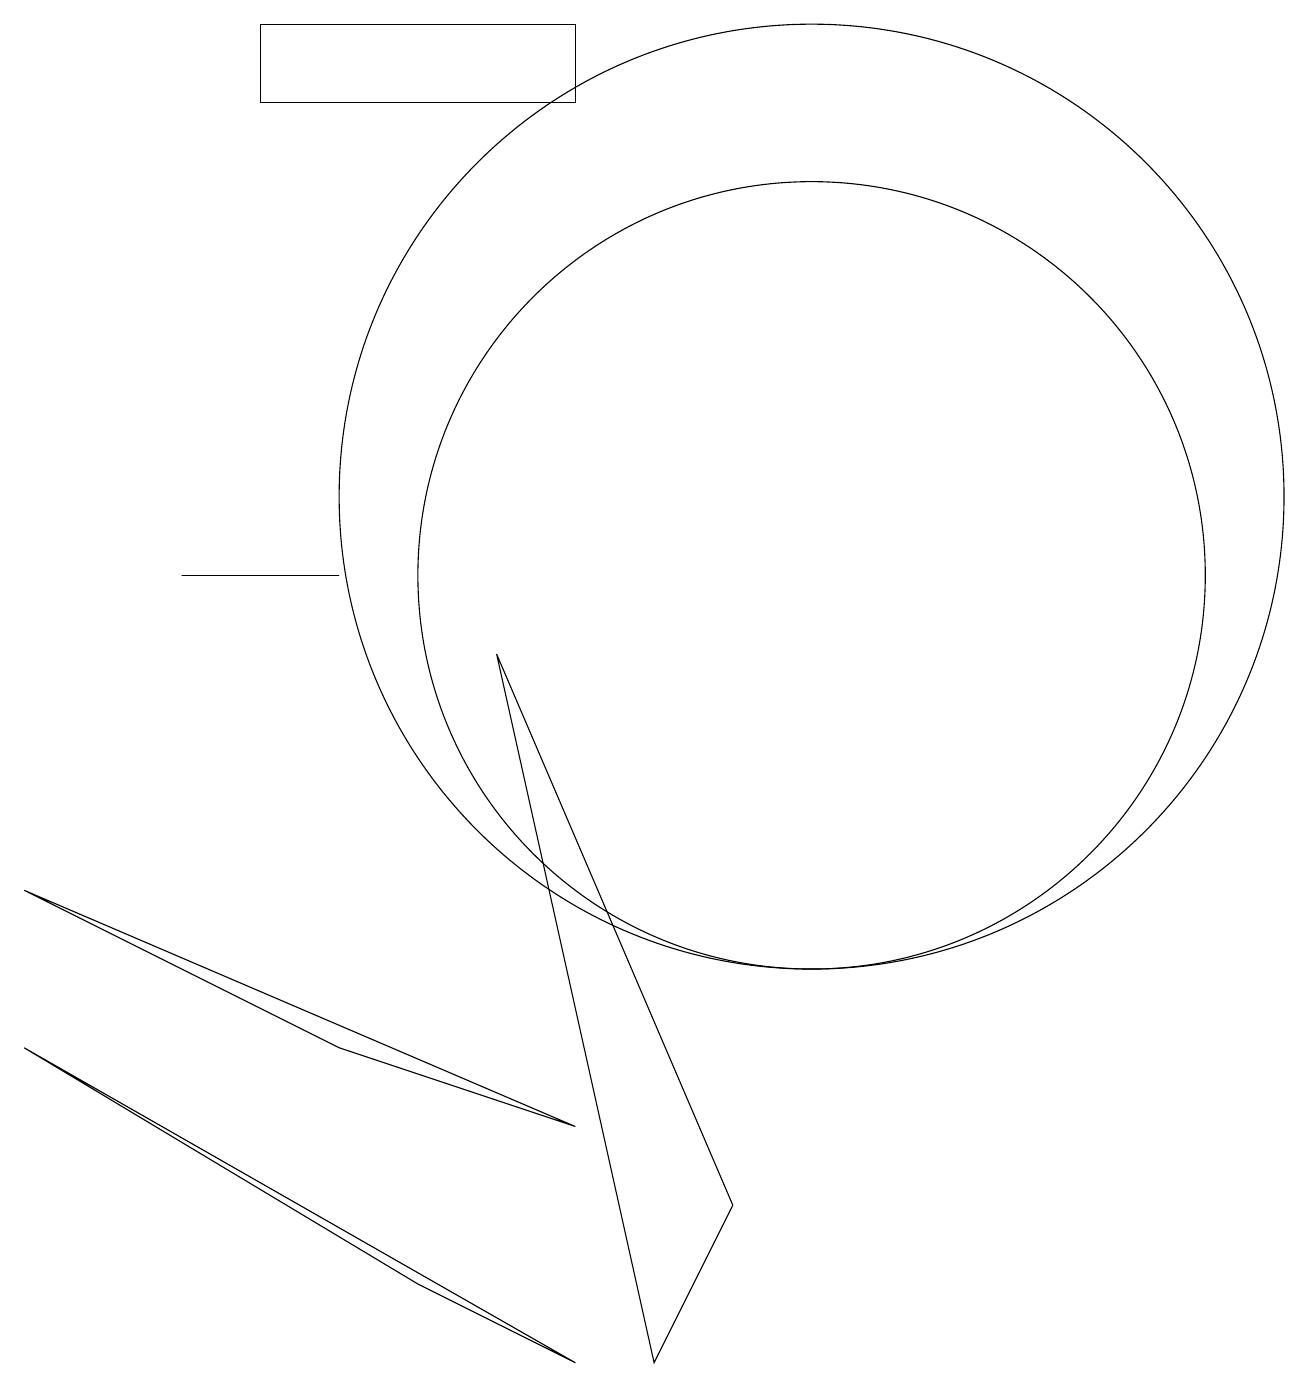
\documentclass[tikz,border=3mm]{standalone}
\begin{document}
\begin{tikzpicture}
\draw (8,0) -- (9,2) -- (6,9) -- cycle;
\draw (2,10) rectangle (4,10);
\draw (3,16) rectangle (7,17);
\draw (10,11) circle (6);
\draw (10,10) circle (5);
\draw (0,4) -- (7,0) -- (5,1) -- cycle;
\draw (7,3) -- (4,4) -- (0,6) -- cycle;
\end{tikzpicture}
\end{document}